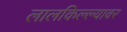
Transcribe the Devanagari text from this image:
लालकिल्ल्यावर